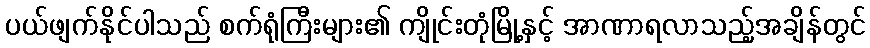
ပယ်ဖျက်နိုင်ပါသည် စက်ရုံကြီးများ၏ ကျိုင်းတုံမြို့နှင့် အာဏာရလာသည့်အချိန်တွင်